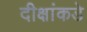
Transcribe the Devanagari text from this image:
दीक्षांकडे